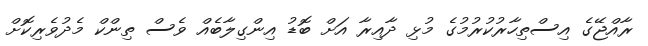
ރާއްޖޭގެ އިސްތިހާރުކުރުމުގެ މުޅި ދާއިރާ އަށް ބޮޑު އިންގިލާބެއް ވެސް ތިންކް މެދުވެރިކޮށް